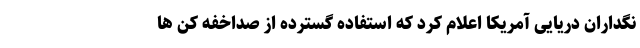
نگداران دریایی آمریکا اعلام کرد که استفاده گسترده از صداخفه کن ها